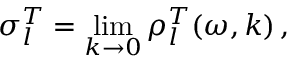
\sigma _ { l } ^ { T } = \operatorname * { l i m } _ { k \rightarrow 0 } \rho _ { l } ^ { T } ( \omega , k ) \, ,